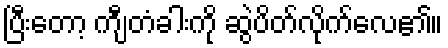
ပြီးတော့ ကျီတံခါးကို ဆွဲပိတ်လိုက်လေ၏။